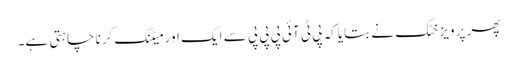
پھر پرویز خٹک نے بتایا کہ پی ٹی آئی پی پی پی سے ایک اور میٹنگ کرنا چاہتی ہے۔